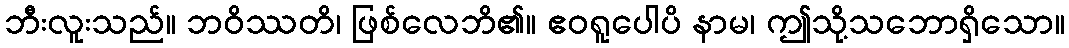
ဘီးလူးသည်။ ဘဝိဿတိ၊ ဖြစ်လေဘိ၏။ ဧဝရူပေါပိ နာမ၊ ဤသို့သဘောရှိသော။